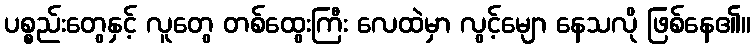
ပစ္စည်းတွေနှင့် လူတွေ တစ်ထွေးကြီး လေထဲမှာ လွင့်မျော နေသလို ဖြစ်နေ၏။